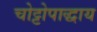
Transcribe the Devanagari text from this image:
चोट्टोपाद्धाय